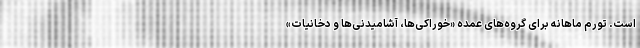
است. تورم ماهانه برای گروه‌های عمده «خوراکی‌ها، آشامیدنی‌ها و دخانیات»